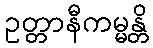
ဥတ္တာနီကမ္မန္တိ